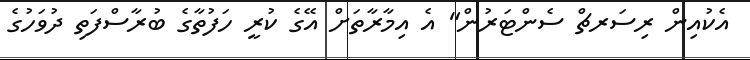
އެކުއިން ރިސަރޗް ސެންޓަރުން" އެ އިމާރާތަށް އޭގެ ކުރީ ހަފުތާގެ ބުރާސްފަތި ދުވަހުގެ